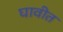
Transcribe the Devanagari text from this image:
घावीत